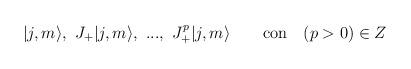
LaTeX: \begin{align*}|j,m\rangle,\ J_+ |j,m\rangle,\ ...,\ J_+^p|j,m\rangle \ \ \ \ \ \mbox { con}\ \ \ (p>0) \in Z\end{align*}